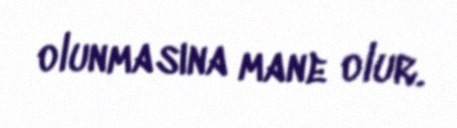
olunmasına mane olur.